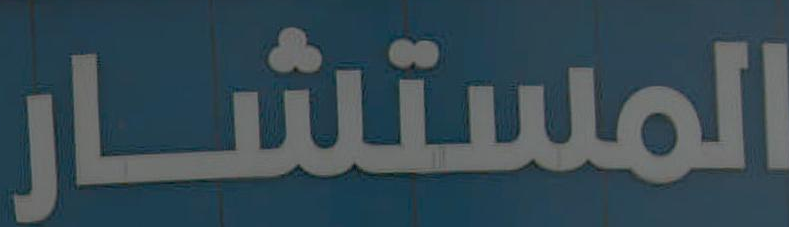
المستشار